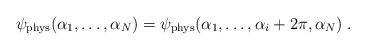
LaTeX: \begin{align*}\psi_{\rm phys}(\alpha_1,\ldots,\alpha_N)=\psi_{\rm phys}(\alpha_1,\ldots,\alpha_i+2\pi,\alpha_N) \; .\end{align*}